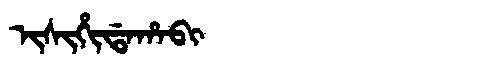
Manchu: ᡳᠰᡳᡥᡳᡩᠠᡥᠠᠪᡳ
Romanization: ISIHIDAHABI